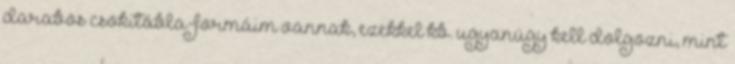
darabos csokitábla-formáim vannak, ezekkel kb. ugyanúgy kell dolgozni, mint